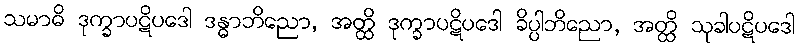
သမာဓိ ဒုက္ခာပဋိပဒေါ ဒန္ဓာဘိညော, အတ္ထိ ဒုက္ခာပဋိပဒေါ ခိပ္ပါဘိညော, အတ္ထိ သုခါပဋိပဒေါ